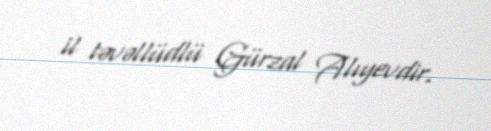
il təvəllüdlü Gürzal Alıyevdir.